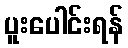
ပူးပေါင်းရန်